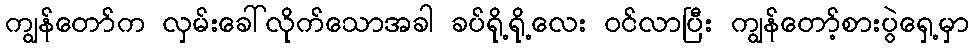
ကျွန်တော်က လှမ်းခေါ်လိုက်သောအခါ ခပ်ရို့ရို့လေး ဝင်လာပြီး ကျွန်တော့်စားပွဲရှေ့မှာ